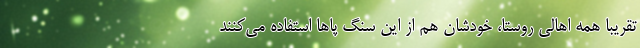
تقریبا همه اهالی روستا، خودشان هم از این سنگ پاها استفاده می‌کنند